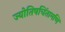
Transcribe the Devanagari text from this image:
ज्योतिषचिंतामणि